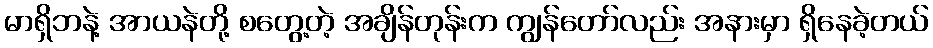
မာရှိဘနဲ့ အာယနဲတို့ စတွေ့တဲ့ အချိန်တုန်းက ကျွန်တော်လည်း အနားမှာ ရှိနေခဲ့တယ်